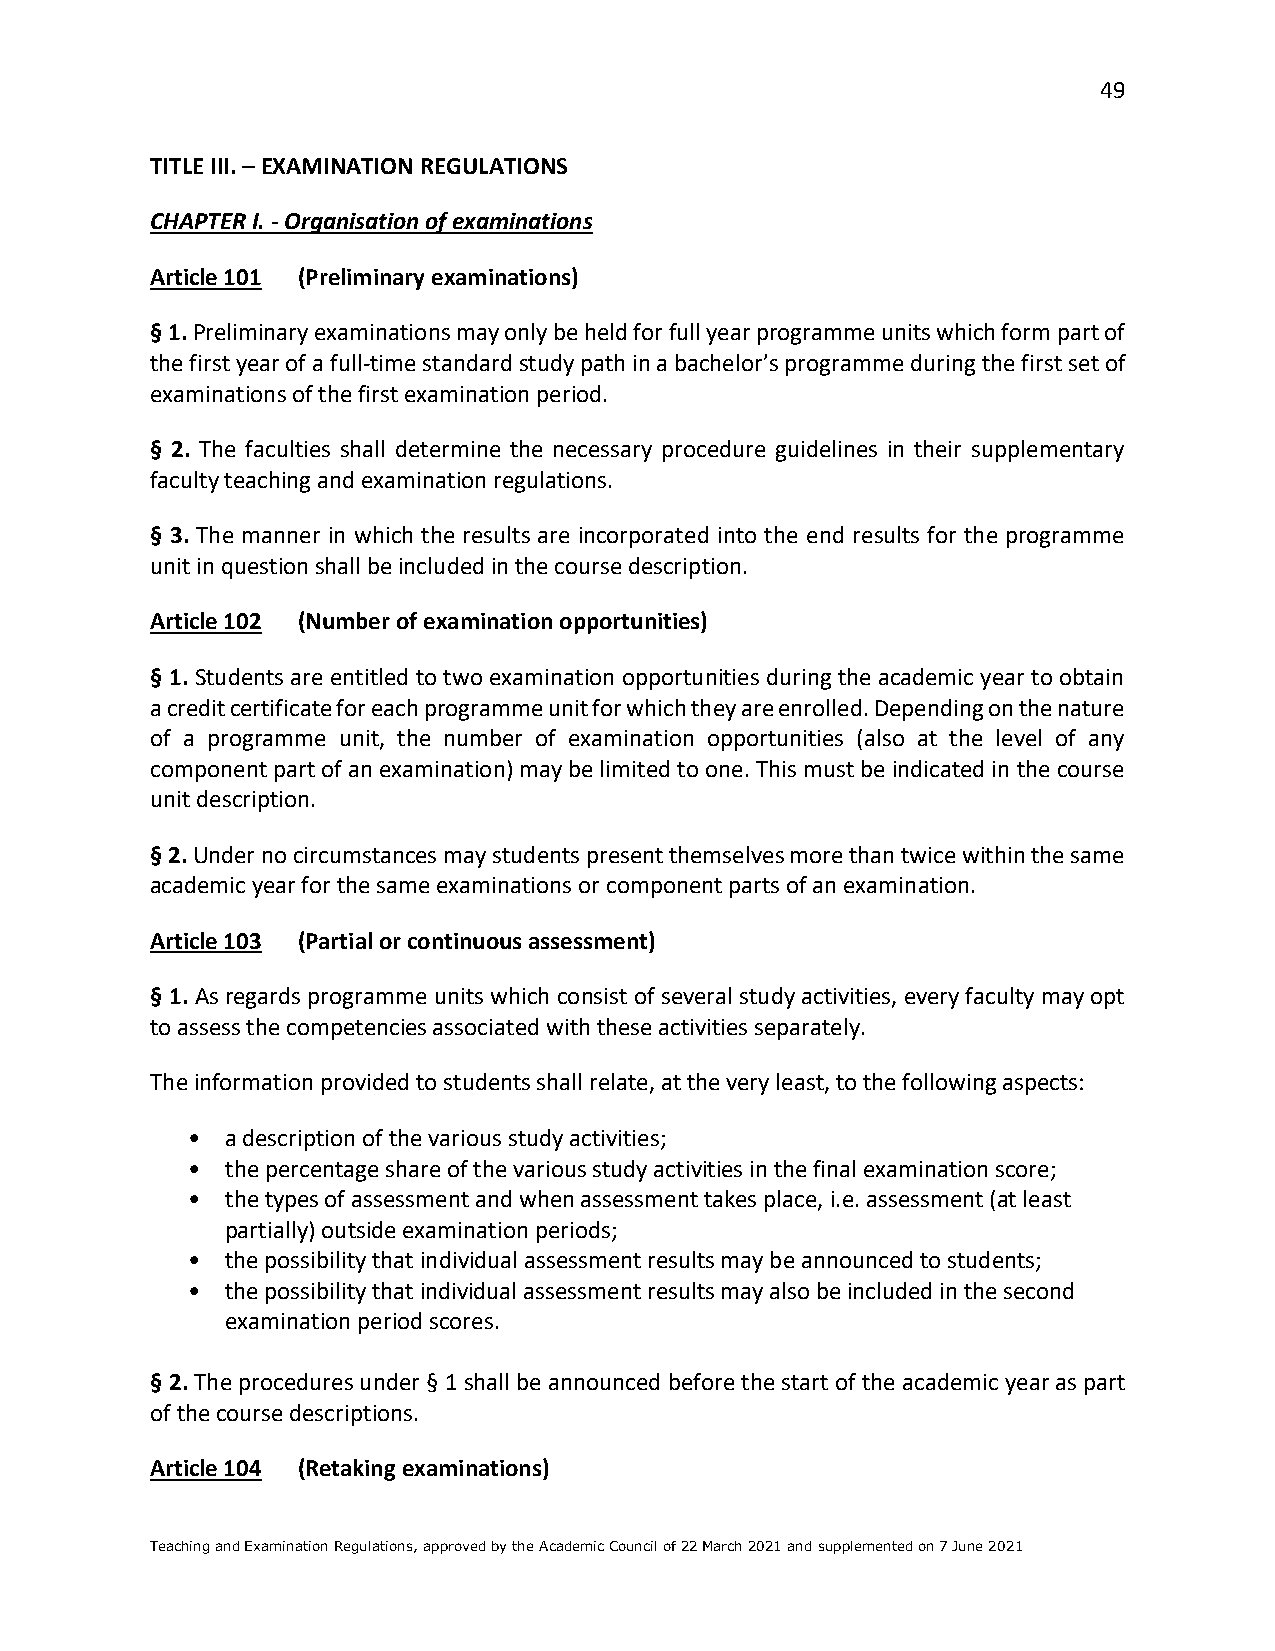
49
 TITLE III. – EXAMINATION REGULATIONS
 CHAPTER I. - Organisation of examinations
 Article 101 (Preliminary examinations)
 § 1. Preliminary examinations may only be held for full year programme units which form part of
 the first year of a full-time standard study path in a bachelor’s programme during the first set of
 examinations of the first examination period.
 § 2. The faculties shall determine the necessary procedure guidelines in their supplementary
 faculty teaching and examination regulations.
 § 3. The manner in which the results are incorporated into the end results for the programme
 unit in question shall be included in the course description.
 Article 102 (Number of examination opportunities)
 § 1. Students are entitled to two examination opportunities during the academic year to obtain
 a credit certificate for each programme unit for which they are enrolled. Depending on the nature
 of a programme unit, the number of examination opportunities (also at the level of any
 component part of an examination) may be limited to one. This must be indicated in the course
 unit description.
 § 2. Under no circumstances may students present themselves more than twice within the same
 academic year for the same examinations or component parts of an examination.
 Article 103 (Partial or continuous assessment)
 § 1. As regards programme units which consist of several study activities, every faculty may opt
 to assess the competencies associated with these activities separately.
 The information provided to students shall relate, at the very least, to the following aspects:
 •  a description of the various study activities;
 •  the percentage share of the various study activities in the final examination score;
 •  the types of assessment and when assessment takes place, i.e. assessment (at least
 partially) outside examination periods;
 •  the possibility that individual assessment results may be announced to students;
 •  the possibility that individual assessment results may also be included in the second
 examination period scores.
 § 2. The procedures under § 1 shall be announced before the start of the academic year as part
 of the course descriptions.
 Article 104 (Retaking examinations)
 Teaching and Examination Regulations, approved by the Academic Council of 22 March 2021 and supplemented on 7 June 2021